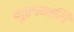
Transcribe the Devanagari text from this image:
गुरुत्यागि